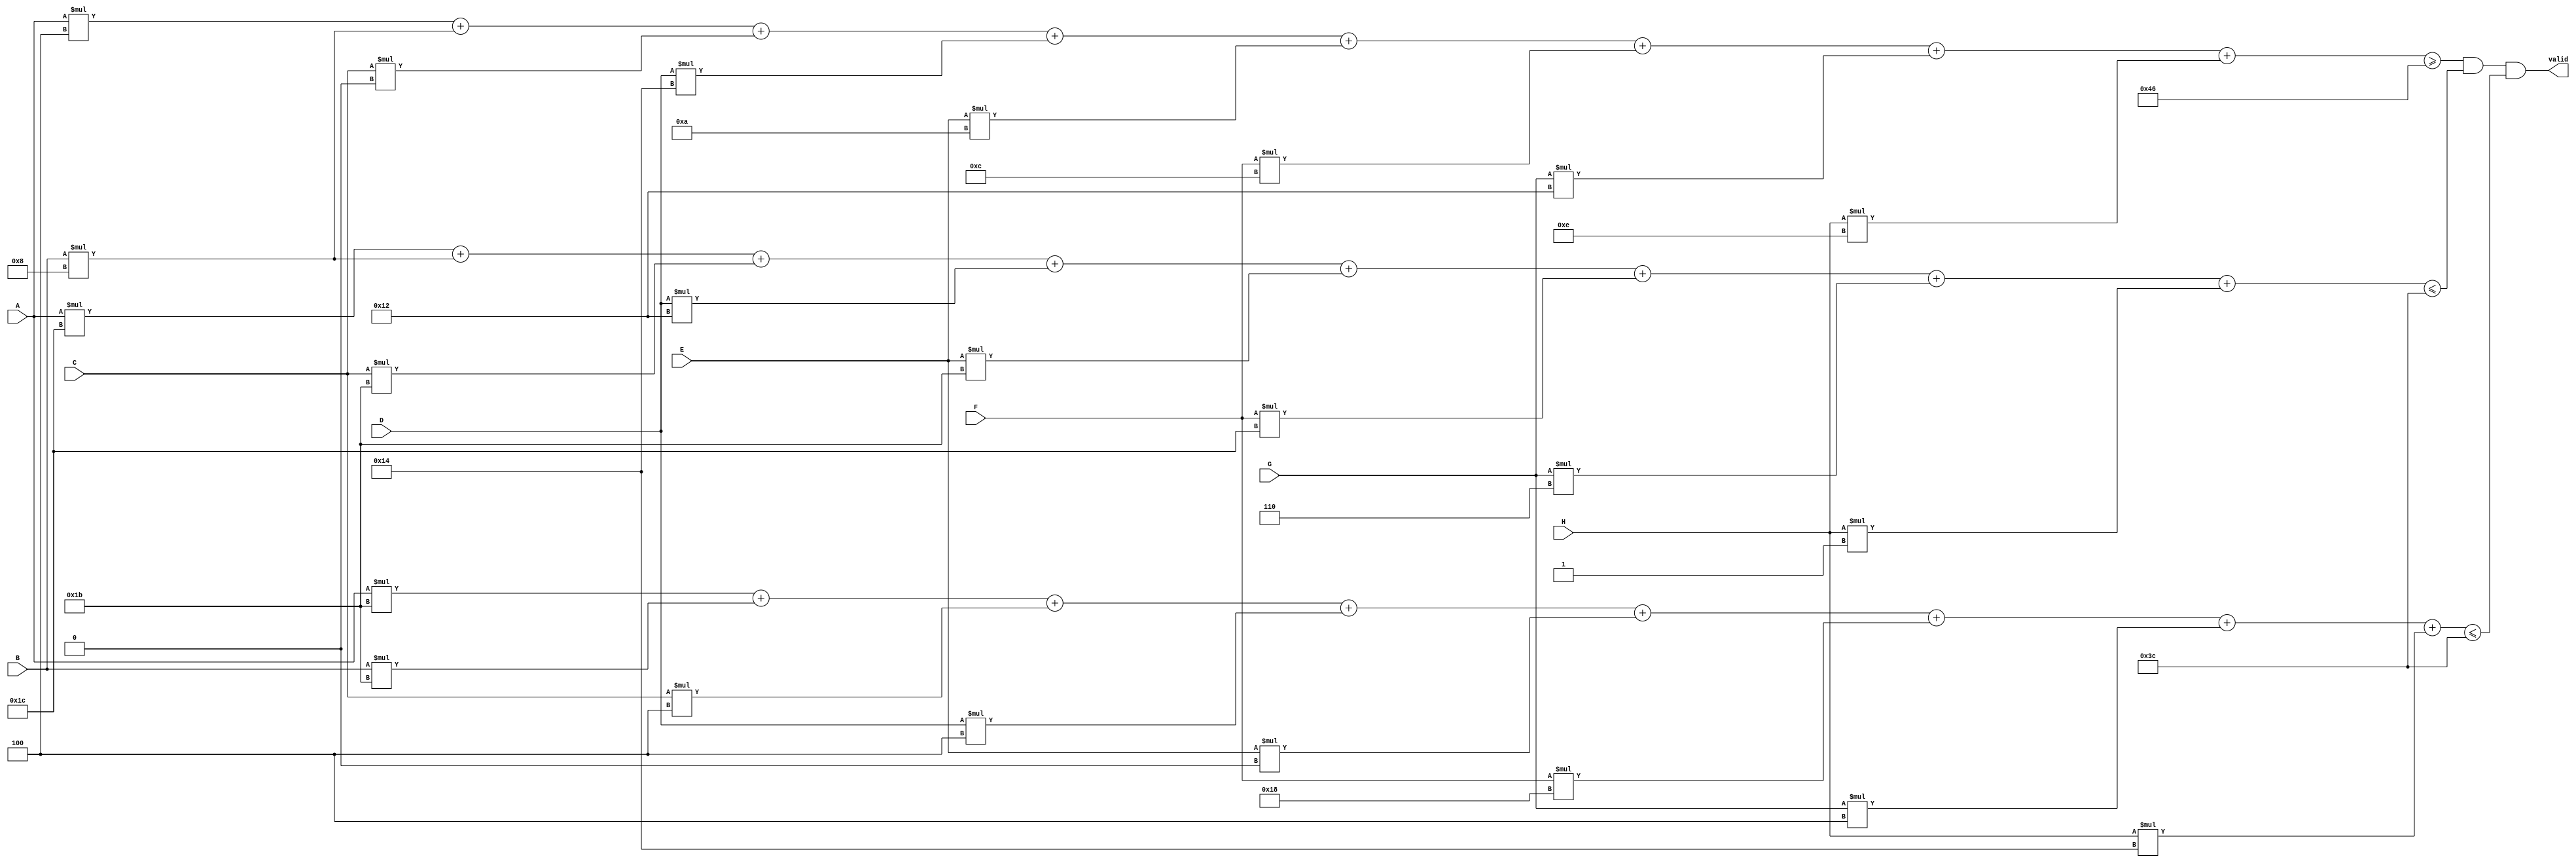

module var8_multi (A, B, C, D, E, F, G, H, valid);
    input A, B, C, D, E, F, G, H;
    output valid;

    wire [7:0] min_value = 8'd70;
    wire [7:0] max_weight = 8'd60;
    wire [7:0] max_volume = 8'd60;
wire [7:0]  total_value = 
        A * 8'd4
      + B * 8'd8
      + C * 8'd0
      + D * 8'd20
      + E * 8'd10
      + F * 8'd12
      + G * 8'd18
      + H * 8'd14;

    wire [7:0]  total_weight = 
        A * 8'd28
      + B * 8'd8
      + C * 8'd27
      + D * 8'd18
      + E * 8'd27
      + F * 8'd28
      + G * 8'd6
      + H * 8'd1;

    wire [7:0]  total_volume = 
        A * 8'd27
      + B * 8'd27
      + C * 8'd4
      + D * 8'd4
      + E * 8'd0
      + F * 8'd24
      + G * 8'd4
      + H * 8'd20;

assign valid = ((total_value >= min_value) && (total_weight <= max_weight) && (total_volume <= max_volume));
endmodule